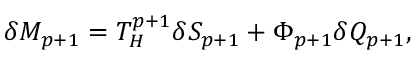
\delta M _ { p + 1 } = T _ { H } ^ { p + 1 } \delta S _ { p + 1 } + \Phi _ { p + 1 } \delta Q _ { p + 1 } ,